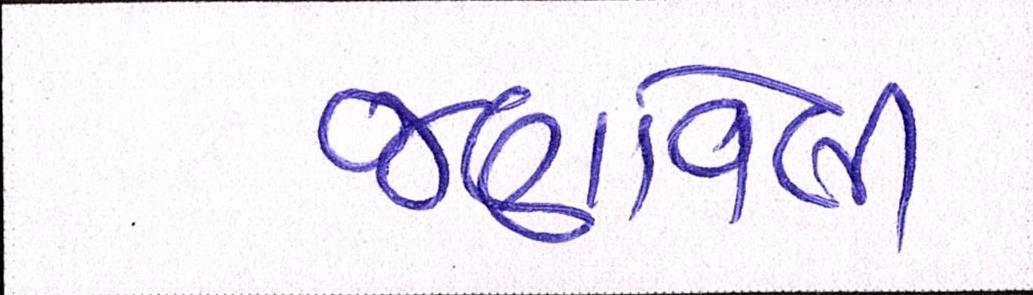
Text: જણાવેલી